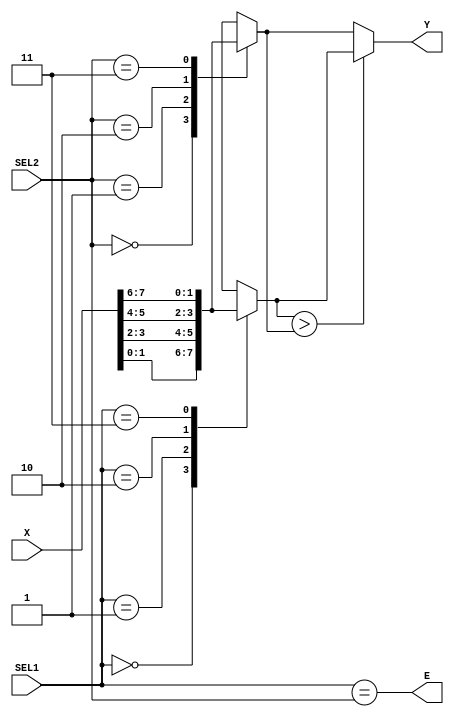
module peppe(X,SEL1,SEL2,Y,E);

//I/O
input wire [1:0] SEL1,SEL2;
input wire [7:0] X;
output wire [1:0] Y;
output wire E;

//Fili interni
reg [1:0] k1,k2;
wire c;

assign E = (SEL1==SEL2);

always @ (X,SEL1)
begin
	case(SEL1)
		2'b00: k1 <= X[1:0];
		2'b01: k1 <= X[3:2];
		2'b10: k1 <= X[5:4];
		2'b11: k1 <= X[7:6];
		default: k1 <= 2'b00;
	endcase
end

always @ (X,SEL2)
begin
	case(SEL2)
		2'b00: k2 <= X[1:0];
		2'b01: k2 <= X[3:2];
		2'b10: k2 <= X[5:4];
		2'b11: k2 <= X[7:6];
		default: k2 <= 2'b00;
	endcase
end

assign c = (k1>k2);

assign Y = (c==0) ? k2 : k1;

endmodule